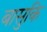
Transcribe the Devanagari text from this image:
बासुकि